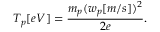
T _ { p } [ e V ] = \frac { m _ { p } ( w _ { p } [ m / s ] ) ^ { 2 } } { 2 e } .